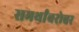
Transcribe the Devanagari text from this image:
समर्थांबरोबर